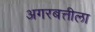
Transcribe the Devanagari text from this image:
अगरबत्तीला